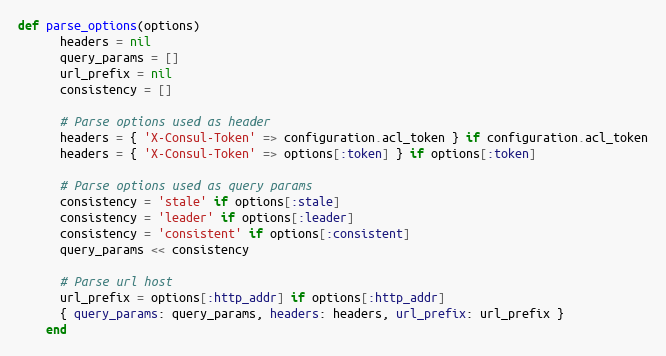
Language: Ruby
def parse_options(options)
      headers = nil
      query_params = []
      url_prefix = nil
      consistency = []

      # Parse options used as header
      headers = { 'X-Consul-Token' => configuration.acl_token } if configuration.acl_token
      headers = { 'X-Consul-Token' => options[:token] } if options[:token]

      # Parse options used as query params
      consistency = 'stale' if options[:stale]
      consistency = 'leader' if options[:leader]
      consistency = 'consistent' if options[:consistent]
      query_params << consistency

      # Parse url host
      url_prefix = options[:http_addr] if options[:http_addr]
      { query_params: query_params, headers: headers, url_prefix: url_prefix }
    end